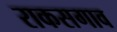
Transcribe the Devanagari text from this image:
राकसगाव